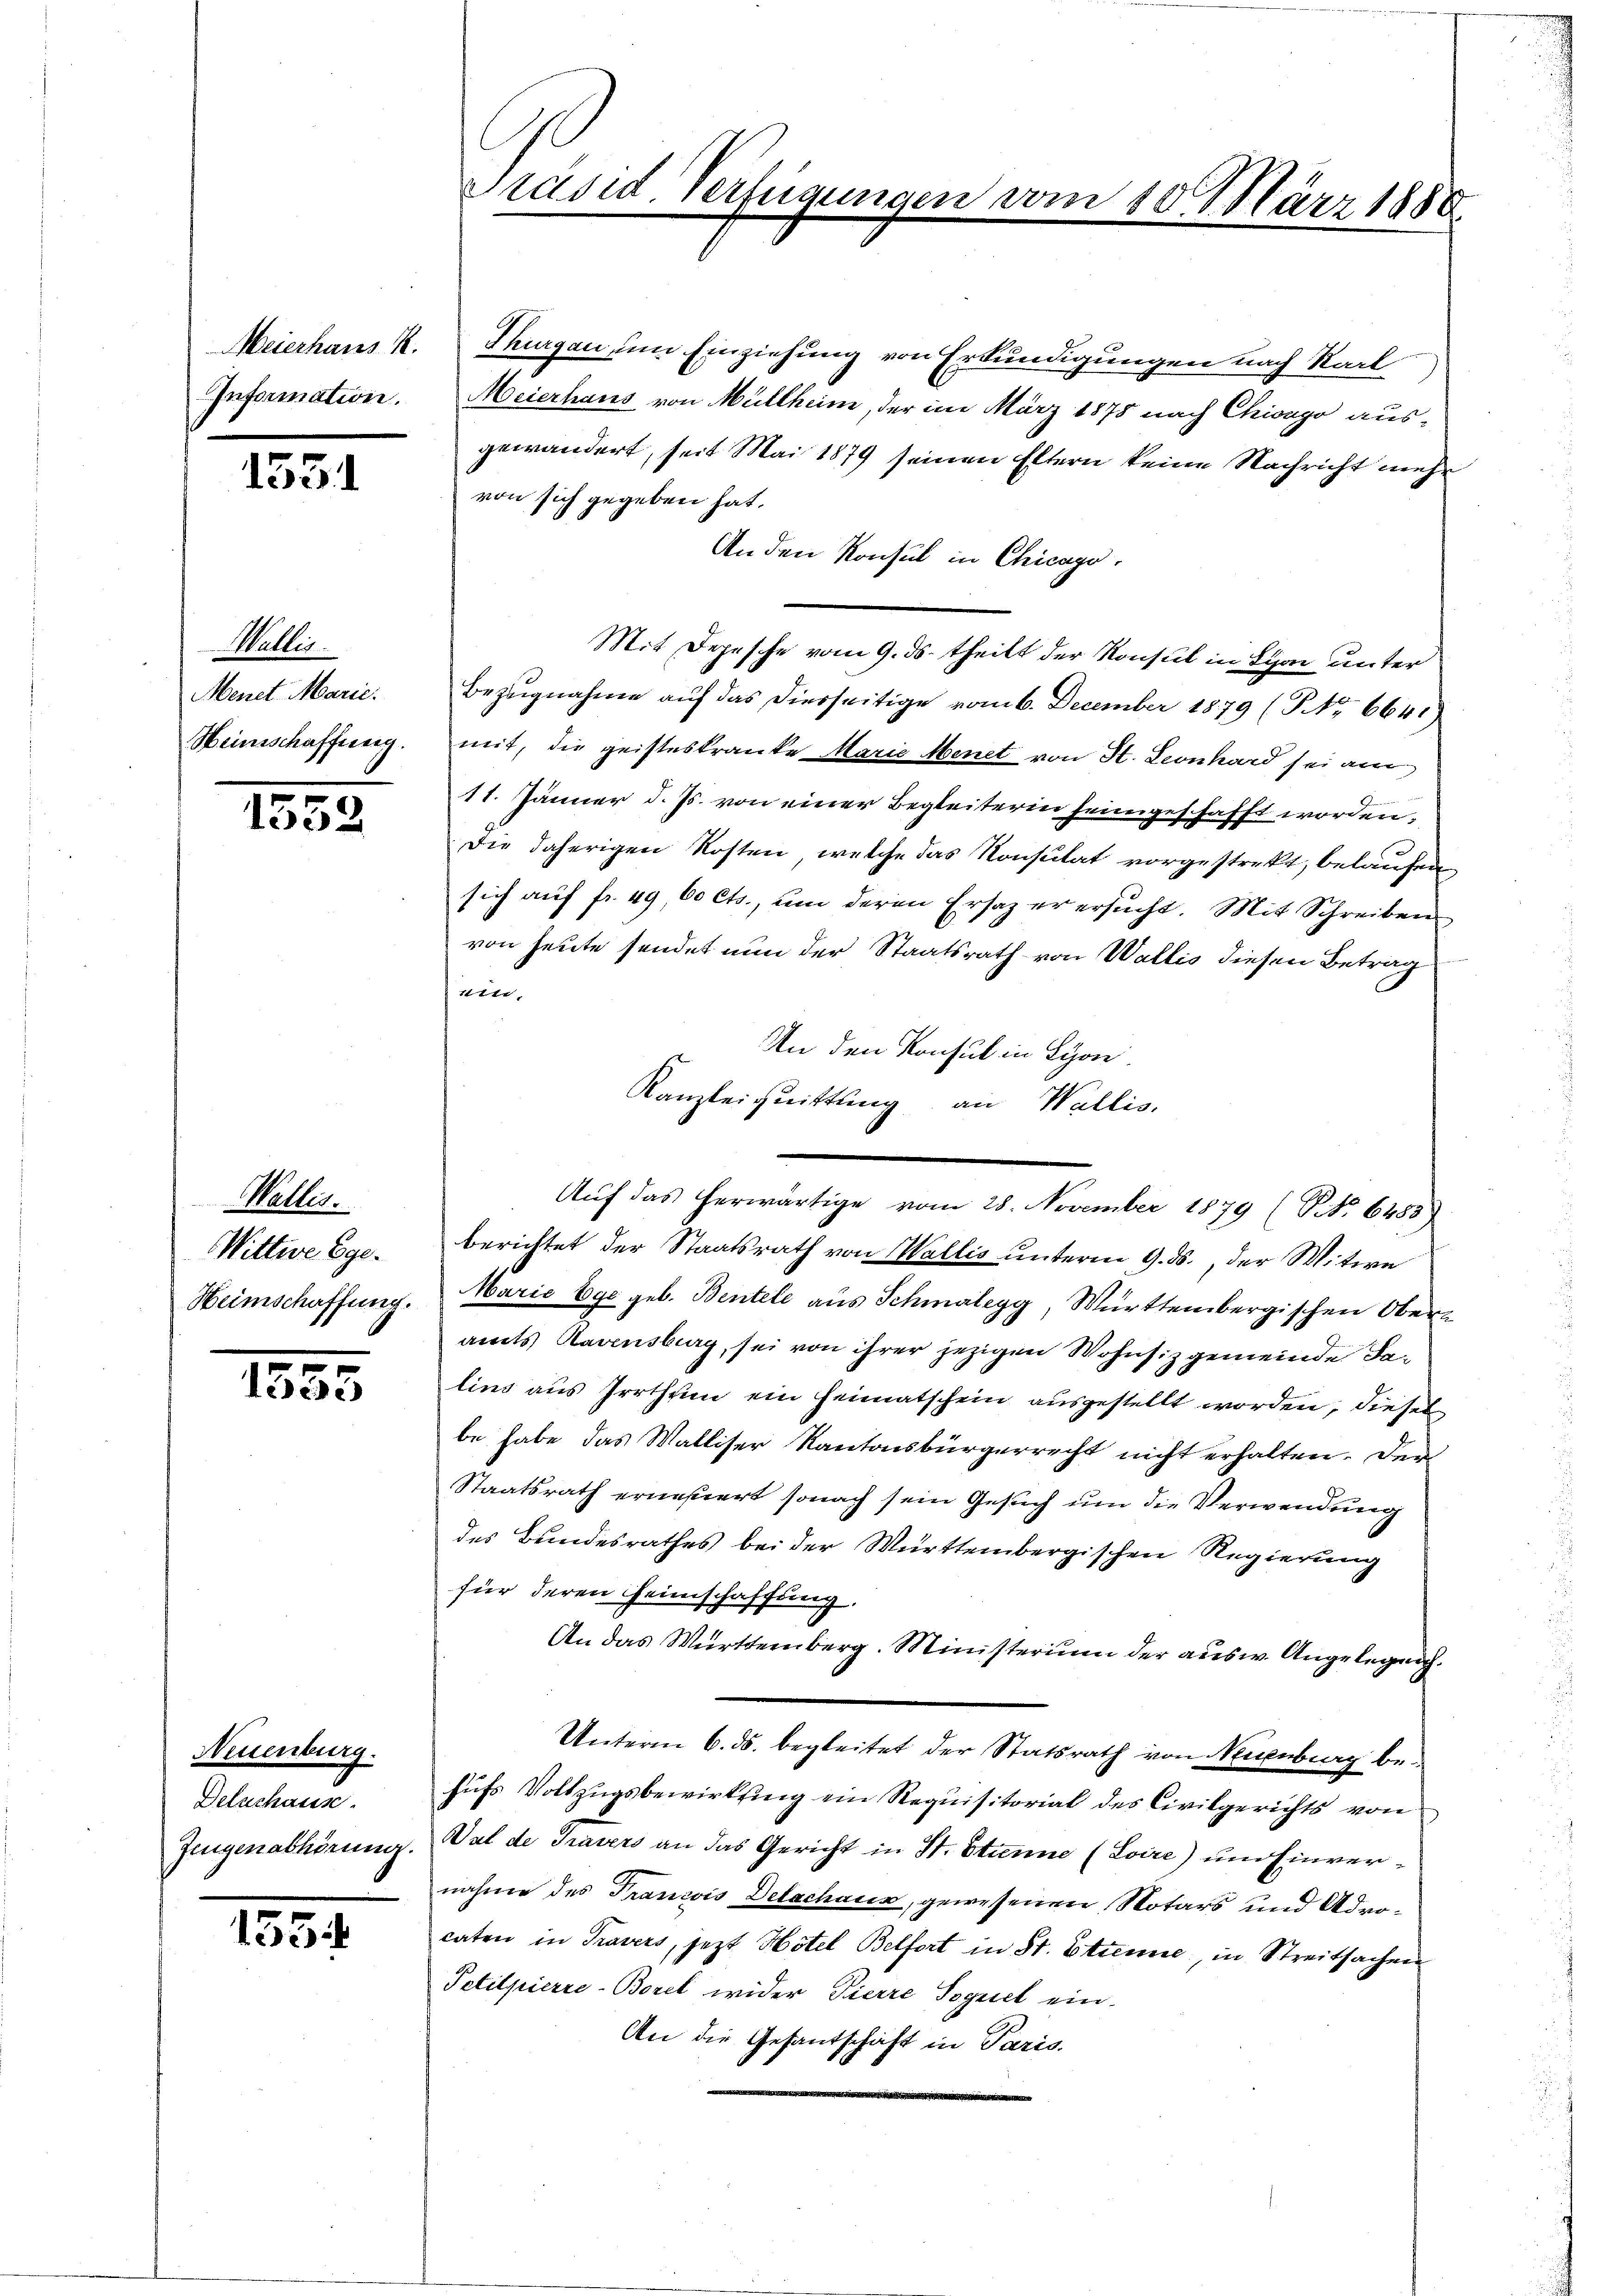
Information.

153

Wallis.
Menet Marie.
Heimschaffung.

1552

Wallis.
Wittwe Ege.
Heimschaffung.

1555.

Neuenburg.
Deluchause.
Zeugenabhörung.

1554

Präsid Verfügungen

Meierhaus K. Thurgau, um Einziehung von Erkundigungen nach Karl
Meierhaus von Müllheim, der im März 1878 nach Chiongo ausgewändert, seit Mai 1879 seinen Eltern keine Nachricht mehr
von sich gegeben hat.
An den Konsul in Chicago.
Mit Depesche vom 9. ds. theilt der Konsul in Lyon unter
Bezŭgnahme aŭf das diesseitige vom 6. December 1879 (NNo. 6641
mit, die geisteskranke Marie Menet von St. Leonhard sei am
11. Jänner d. Js. von einer Begleiterin heimgeschafft worden,
die daherigen Kosten, welche das Konsulat vorgestrekt, belaufen
sich auf fr. 49, 60 Cts., um deren Ersaz er ersucht. Mit Schreiben
von heute sendet nun der Staatsrath von Wallis diesen Betrag
sit,
An den Konsul in Lyon.
berichtet der Staatsrath von Wallis unterm 9. ds., der Witwe
Maria Ege geb. Bentele aus Schmalegg, Württembergischen Oberamts Ravensburg, sei von ihrer jezigen Wohnsiz gemeinde Falins aus Irrthum ein Heimatschein ausgestellt worden, diesel
be habe das Walliser Kantonsbürgerrecht nicht erhalten. Den
Staatsrath erneuert sonach sein Gesuch um die Verwendung
des Bundesrathes bei der Württembergischen Regierung
für deren Heimschaffung,
An das Württemberg. Ministerium der ausw. Angelegeng
Unterm 6. ds. begleitet der Statsrath von Neuenburg behufs Vollzugsbewirkung ein Requisitorial des Civilgerichts von
Dat de Travers an das Gericht in St. Stanne (Loire) und Einvernahme des Trancois Delachans, gewesenen Notars und Advocaten in Travers, jezt Hotel Belfort in St. Etienne, in Streitsachen
Petilpierre-Borel wider Pierre Sogeiel ein-
An die Gesandschaft in Paris

vom 10. März 1888

Kanzleiquittung an Wallis.
Aŭf das herwärtige vom 28. November 1879 (NNo. 6483